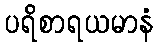
ပရိစာရယမာနံ